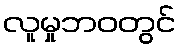
လူမှုဘဝတွင်